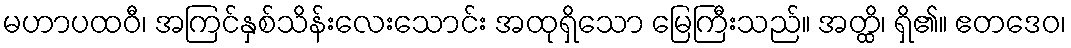
မဟာပထဝီ၊ အကြင်နှစ်သိန်းလေးသောင်း အထုရှိသော မြေကြီးသည်။ အတ္ထိ၊ ရှိ၏။ ဧတဒေဝ၊